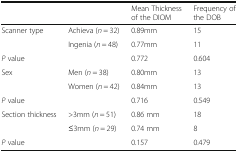
|  |  | Mean Thickness of the DIOM | Frequency of the DOB |
 | --- | --- | --- | --- |
 | <ROWSPAN=2> Scanner type | Achieva (n = 32) | 0.89mm | 15 |
 | Ingenia (n = 48) | 0.77mm | 11 |
 | <COLSPAN=2> P value | 0.772 | 0.604 |
 | <ROWSPAN=2> Sex | Men (n = 38) | 0.80mm | 13 |
 | Women (n = 42) | 0.84mm | 13 |
 | <COLSPAN=2> P value | 0.716 | 0.549 |
 | <ROWSPAN=2> Section thickness | >3mm (n = 51) | 0.86 mm | 18 |
 | ≤3mm (n = 29) | 0.74 mm | 8 |
 | <COLSPAN=2> P value | 0.157 | 0.479 |